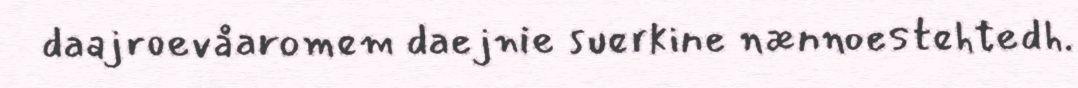
daajroevåaromem daejnie suerkine nænnoestehtedh.